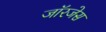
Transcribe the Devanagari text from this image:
जॉरजेस